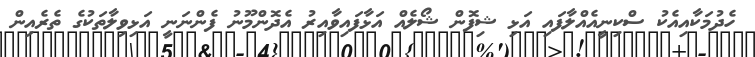
ހެދުމަކާއިއެކު ސްކިނީއެއްލާފައި އަޅި ޝިފޮން ޝޯލެއް އަޅާފައިވާއިރު އެދޮންމޫނު ފެންނަނީ އަޅިވިލާތަކުގެ ތެރެއިން